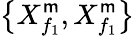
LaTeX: \left\{ X_{{f}_{1}}^{\mathsf{m}},X_{{f}_{1}}^{\mathsf{m}}\right\}